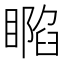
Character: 𥊥